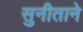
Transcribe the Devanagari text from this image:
सुनीताने